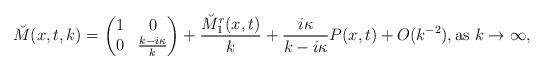
LaTeX: \begin{align*} \breve{M}(x,t,k)=\begin{pmatrix} 1 & 0 \\ 0 & \frac{k-i\kappa}{k} \end{pmatrix}+\frac{\breve{M}^r_{1}(x,t)}{k}+\frac{i\kappa}{k-i\kappa}P(x,t)+O(k^{-2}), {\rm as} \ k\rightarrow\infty, \end{align*}